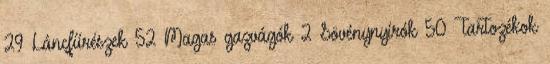
29 Láncfűrészek 52 Magas gazvágók 2 Sövénynyírók 50 Tartozékok